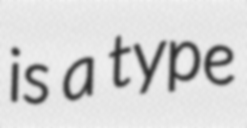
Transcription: is a type